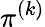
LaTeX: \pi^{(k)}